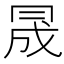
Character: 𠕠